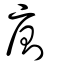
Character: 廁